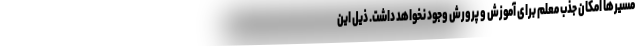
مسیرها امکان جذب معلم برای آموزش و پرورش وجود نخواهد داشت. ذیل این